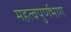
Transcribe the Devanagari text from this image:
महत्वपुर्णभाग